Vaccination in the Punjab 1897-1904 - 1897-1904
Year: 1897
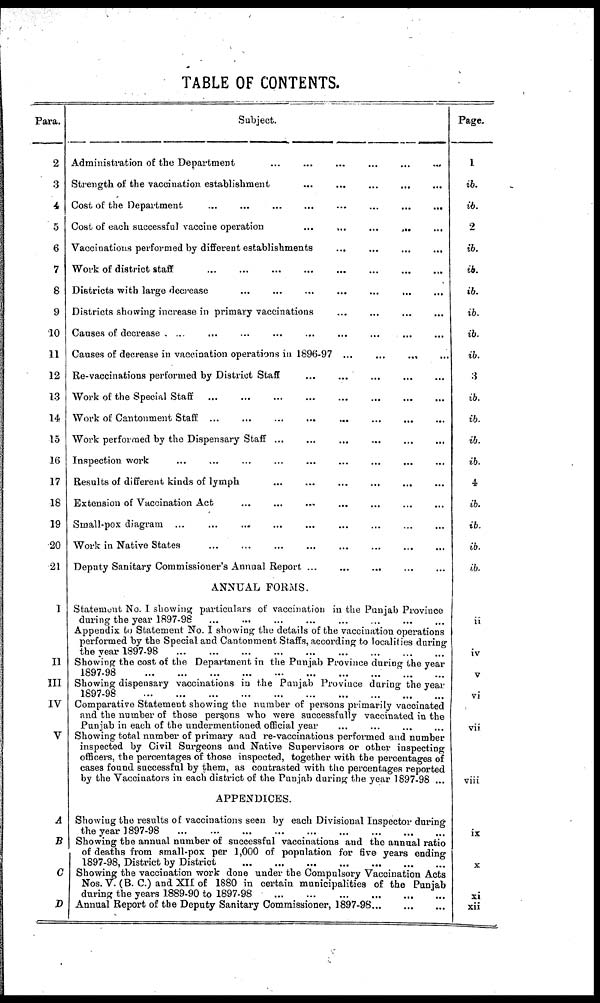
TABLE OF CONTENTS.
Para.
2
3
4
5
6
7
8
9
10
11
12
13
14
15
16
17
18
19
20
21
I
II
III
IV
V
A
B
C
D
Subject.
Administration of the Department ... ... ... ... ... ...
Strength of the vaccination establishment ... ... ... ... ...
Cost of the Department
...
...
...
...
...
...
...
...
Cost of each successful vaccine operation
...
...
...
... ...
Vaccinations performed by different establishments ... ... ... ...
Work of district staff
...
...
...
...
...
...
...
...
Districts with large decrease ... ... ... ... ... ... ...
Districts showing increase in primary vaccinations ... ... ... ...
Causes of decrease . .. ... ... ... ... ... ... ... ...
Causes of decrease in vaccination operations in 1896-97 ...
...
... ...
Re-vaccinations performed by District Staff ... ... ... ... ...
Work of the Special Staff
...
...
...
...
...
...
...
...
Work of Cantonment Staff ...
...
...
...
...
...... ...
Work performed by the Dispensary Staff ... ... ... ... ... ...
Inspection work ... ... ... ... ... ... ... ... ...
Results of different kinds of lymph ... ... ... ... ... ...
Extension of Vaccination Act ... ... ... ... ... ... ...
Small-pox diagram ... ... ... ... ... ... ... ... ...
Work in Native States ... ... ... ... ... ... ... ...
Deputy Sanitary Commissioner's Annual Report ...
...
... ... ...
ANNUAL FORMS.
Statement No. 1 showing particulars of vaccination in the Punjab Province
during the year 1897-98
...
...
...
...
...
...
...
...
Appendix to Statement No. I showing the details of the vaccination operations
performed by the Special and Cantonment Staffs, according to localities daring
the year 1897-98
...
...
...
...
...
...
...
...
...
Showing the cost of the Department in the Punjab Province during the year
1897-98 ... ... ... ... ... ... ... ... ... ...
Showing dispensary vaccinations in the Punjab Province during the year
1897-98
...
...
...
...
...
...
...
...
...
...
Comparative Statement showing the number of persons primarily vaccinated
and the number of those persons who were successfully vaccinated in the
Punjab in each of the undermentioned official year ... ... ... ...
Showing total number of primary and re-vaccinations performed and number
inspected by Civil Surgeons and Native Supervisors or other inspecting
officers, the percentages of those inspected, together with the percentages of
cases found successful by them, as contrasted with the percentages reported
by the Vaccinators in each district of the Punjab during the year 1897-98 ...
APPENDICES.
Showing the results of vaccinations seen by each Divisional Inspector during
the year 1897-98
...
...
...
...
...
...
...
...
...
Showing the annual number of successful vaccinations and the annual ratio
of deaths from small-pox per 1,000 of population for five years ending
1897-98, District by District
...
...
...
...
...
...
...
Showing the vaccination work done under the Compulsory Vaccination Acts
Nos. V. (B. C.) and XII of 1880 in certain municipalities of the Punjab
during the years 1889-90 to 1897-98
...
...
...
...
...
...
Annual Report of the Deputy Sanitary Commissioner, 1897-98...
...
...
Page.
1
ib.
ib.
2
ib.
ib.
ib.
ib.
ib.
ib.
3
ib.
ib.
ib.
ib.
4
ib.
ib.
ib.
ib.
ii
iv
V
vi
vii
viii
ix
x
xi
xii